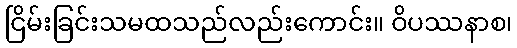
ငြိမ်းခြင်းသမထသည်လည်းကောင်း။ ဝိပဿနာစ၊